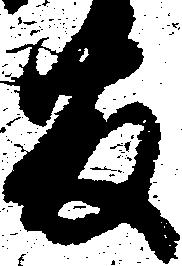
藤